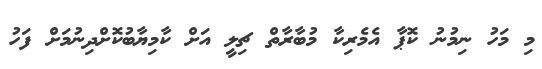
މި މަހު ނިމުނު ކޮޕާ އެމެރިކާ މުބާރާތް ޗިލީ އަށް ކާމިޔާބުކޮށްދިނުމަށް ފަހު